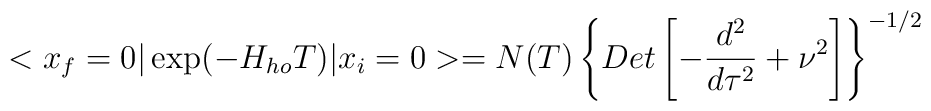
<x_f = 0\vert \exp(- H_{ho} T) \vert x_i = 0> = N(T) \left\{ Det \left[-  {{d^2} \over {d\tau^2}}  + \nu^2  \right]\right\}^{-1/2}